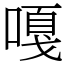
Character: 嘎